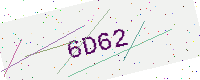
Text: 6D62